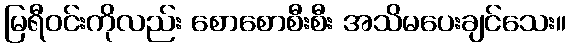
မြရီဝင်းကိုလည်း စောစောစီးစီး အသိမပေးချင်သေး။